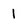
Character: 1